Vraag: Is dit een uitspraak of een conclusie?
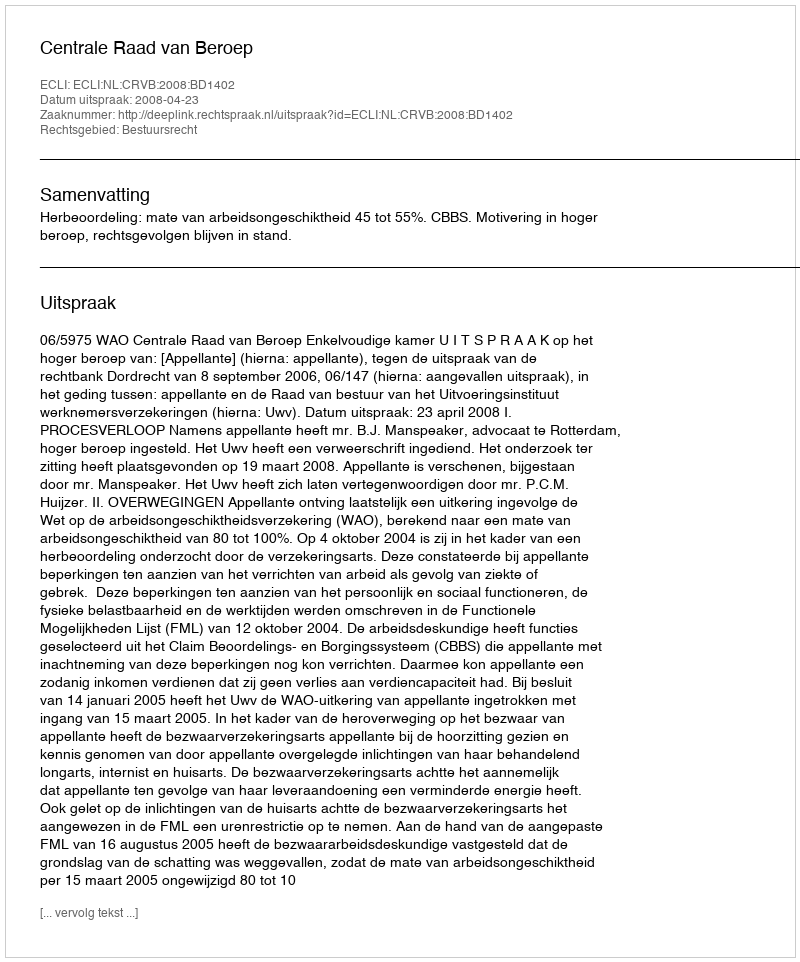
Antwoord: Uitspraak